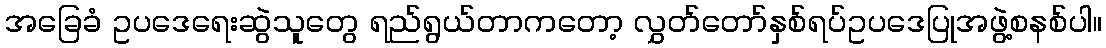
အခြေခံ ဥပဒေရေးဆွဲသူတွေ ရည်ရွယ်တာကတော့ လွှတ်တော်နှစ်ရပ်ဥပဒေပြုအဖွဲ့စနစ်ပါ။